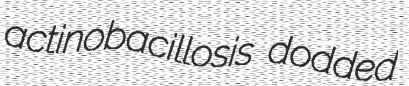
actinobacillosis dodded